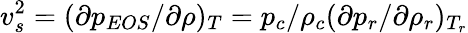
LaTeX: v_{s}^{2}=(\partial p_{EOS}/\partial\rho)_{T}=p_{c}/\rho_{c}(\partial p_{r}/\partial\rho_{r})_{T_{r}}